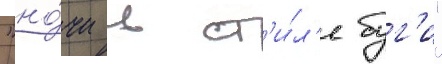
"но́чи в ст'и́л'е буг'и"